Sanitation, dispensaries and jails vaccination Rajputana 1922-1927 - 1922-1927
Year: 1922
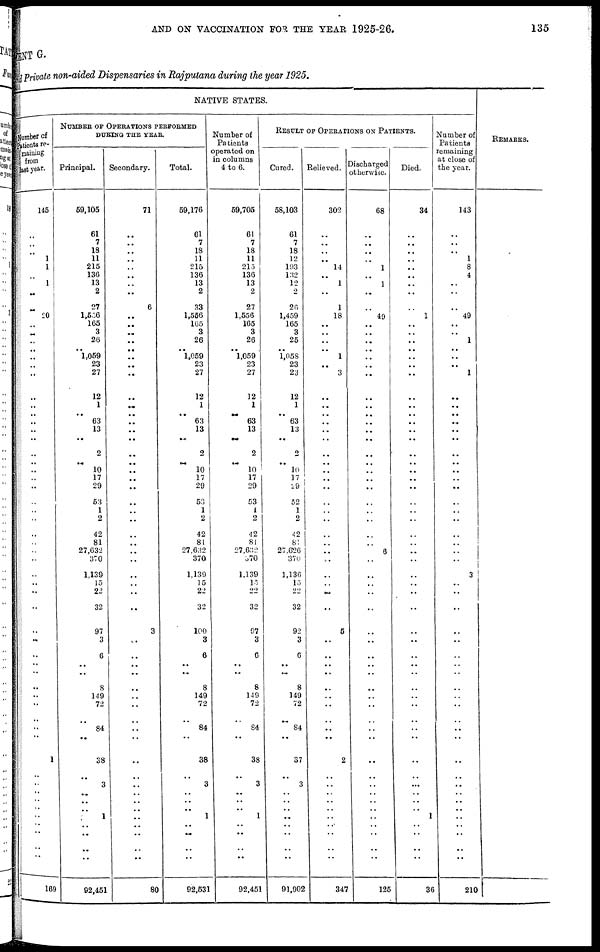
AND ON VACCINATION FOR THE YEAR 1925-26.
135
MENT G.
and Private non-aided Dispensaries in Rajputana during the year 1925.
NATIVE STATES.
Number of
patients re¬
maining
from
last year.
145
..
..
..
1
1
..
1
..
..
20
..
..
..
..
..
..
..
..
..
..
..
..
..
..
..
..
..
..
..
..
..
..
..
..
..
..
..
..
..
..
..
..
..
..
..
..
..
..
..
..
1
..
..
..
..
..
..
..
..
..
..
169
NUMBER OF OPERATIONS PERFORMED
DURING THE YEAR.
Principal.
59,105
61
7
18
11
215
136
13
2
27
1,556
165
3
26
.. 1,059
23
27
12
1
.. 63
13
..
2
.. 10
17
29
53
1
2
42
81
27,632
370
1,139
15
22
32
97
3
6
..
..
8
149
72
..
84
..
38
..
3
..
..
..
1
..
..
..
..
92,451
Secondary.
71
..
..
..
..
..
..
..
..
6
..
..
..
..
..
..
..
..
..
..
..
..
..
..
..
..
..
..
..
..
..
..
..
..
..
..
..
..
..
..
3
..
..
..
..
..
..
..
..
..
..
..
..
..
..
..
..
..
..
..
..
..
80
Total.
59,176
61
7
18
11
215
136
13
2
33
1,556
165
3
26
..
1,059
23
27
12
1
.. 63
13
..
2
.. 10
17
29
53
1
2
42
81
27,632
370
1,139
15
22
32
100
3
6
..
..
8
149
72
..
84
..
38
..
3
..
..
..
1
..
..
..
..
92,531
Number of
Patients
operated on
in columns
4 to 6.
59,705
61
7
18
11
215
136
13
2
27
1,556
165
3
26
..
1,059
23
27
12
1
.. 63
13
..
2
.. 10
17
29
53
1
2
42
81
27,632
370
1,139
13
22
32
97
3
6
..
..
8
149
72
..
84
..
38
..
3
..
..
..
1
..
..
..
..
92,451
RESULT OF OPERATIONS ON PATIENTS.
Cured.
58,103
61
7
18
12
193
132
12
2
26
1,459
165
3
25
..
1,058
23
23
12
1
.. 63
13
..
2
.. 10
17
29
52
1
2
42
81
27,626
370
1,130
15
22
32
92
3
6
..
..
8
149
72
..
84
..
37
..
3
..
..
..
..
..
..
..
..
91,902
Relieved.
302
..
..
..
..
14
..
1
..
1
18
..
..
..
.. 1
..
3
..
..
..
..
..
..
..
..
..
..
..
..
..
..
..
..
..
..
..
..
..
..
5
..
..
..
..
..
..
..
..
..
..
2
..
..
..
..
..
..
..
..
..
..
347
Discharged
otherwise.
68
..
..
..
..
1
..
1
..
..
49
..
..
..
..
..
..
..
..
..
..
..
..
..
..
..
..
..
..
..
..
..
..
..
6
..
..
..
..
..
..
..
..
..
..
..
..
..
..
..
..
..
..
..
..
..
..
..
..
..
..
..
125
Died.
34
..
..
..
..
..
..
..
..
..
1
..
..
..
..
..
..
..
..
..
..
..
..
..
..
..
..
..
..
..
..
..
..
..
..
..
..
..
..
..
..
..
..
..
..
..
..
..
..
..
..
..
..
..
..
..
..
1
..
..
..
..
36
Number of
Patients
remaining
at close of
the year.
143
..
..
..
1
8
4
..
..
..
49
..
..
1
..
..
..
1
..
..
..
..
..
..
..
..
..
..
..
..
..
..
..
..
..
..
3
..
..
..
..
..
..
..
..
..
..
..
..
..
..
..
..
..
..
..
..
..
..
..
..
..
210
REMARKS.